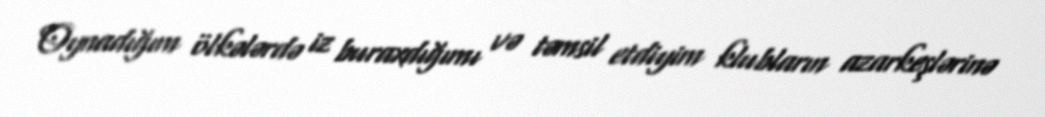
Oynadığım ölkələrdə iz buraxdığımı və təmsil etdiyim klubların azarkeşlərinə